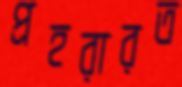
প্রহরারত